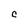
Character: C